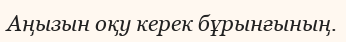
Аңызын оқу керек бұрынғының.